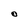
Character: O